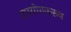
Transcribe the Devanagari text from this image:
उपयोगकरून